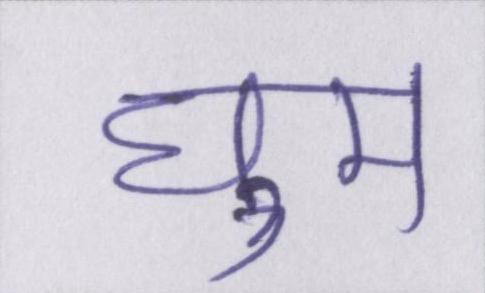
घुम